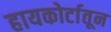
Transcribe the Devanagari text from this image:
हायकोर्टातून